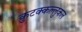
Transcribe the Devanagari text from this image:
कुटक्कल्लुकल